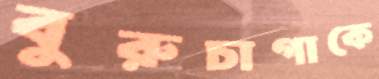
বুরুচাগাকে